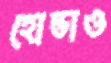
হোন্ডাও